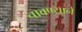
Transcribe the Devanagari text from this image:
चावण्याने